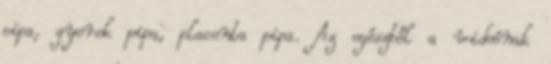
pipa, gyerek pipa, placenta pipa. Az egészből a videónak